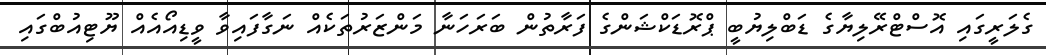
ގެލަރީގައި އޮސްޓްރޭލިޔާގެ ޑަބްލިޔުބީ ޕްރޮޑަކްޝަންގެ ފަރާތުން ބަރަހަނާ މަންޒަރުތަކެއް ނަގާފައިވާ ވީޑިއޯއެއް ޔޫޓިއުބްގައި